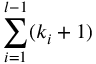
\sum _ { i = 1 } ^ { l - 1 } ( k _ { i } + 1 )